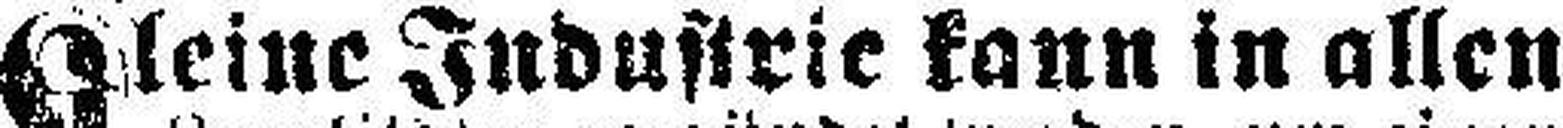
Kleine Industrie kann in allen